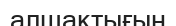
алшақтығын